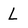
Character: L